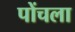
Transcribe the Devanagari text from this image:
पोंचला